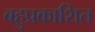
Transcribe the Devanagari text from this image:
बहुप्रकाशित